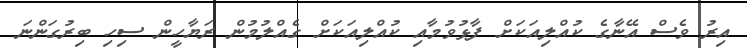
އިރު ވެސް އޭނާގެ ކުއްލިއަކަށް ފާޅުވުމާއި ކުއްލިއަކަށް ގެއްލުމުން ރަޔާހީން ސިހި ބިރުގަންނަ